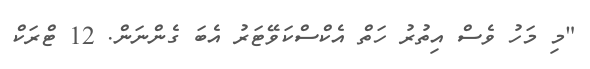
"މި މަހު ވެސް އިތުރު ހަތް އެކްސްކަވޭޓަރު އެބަ ގެންނަން. 12 ޓްރަކް